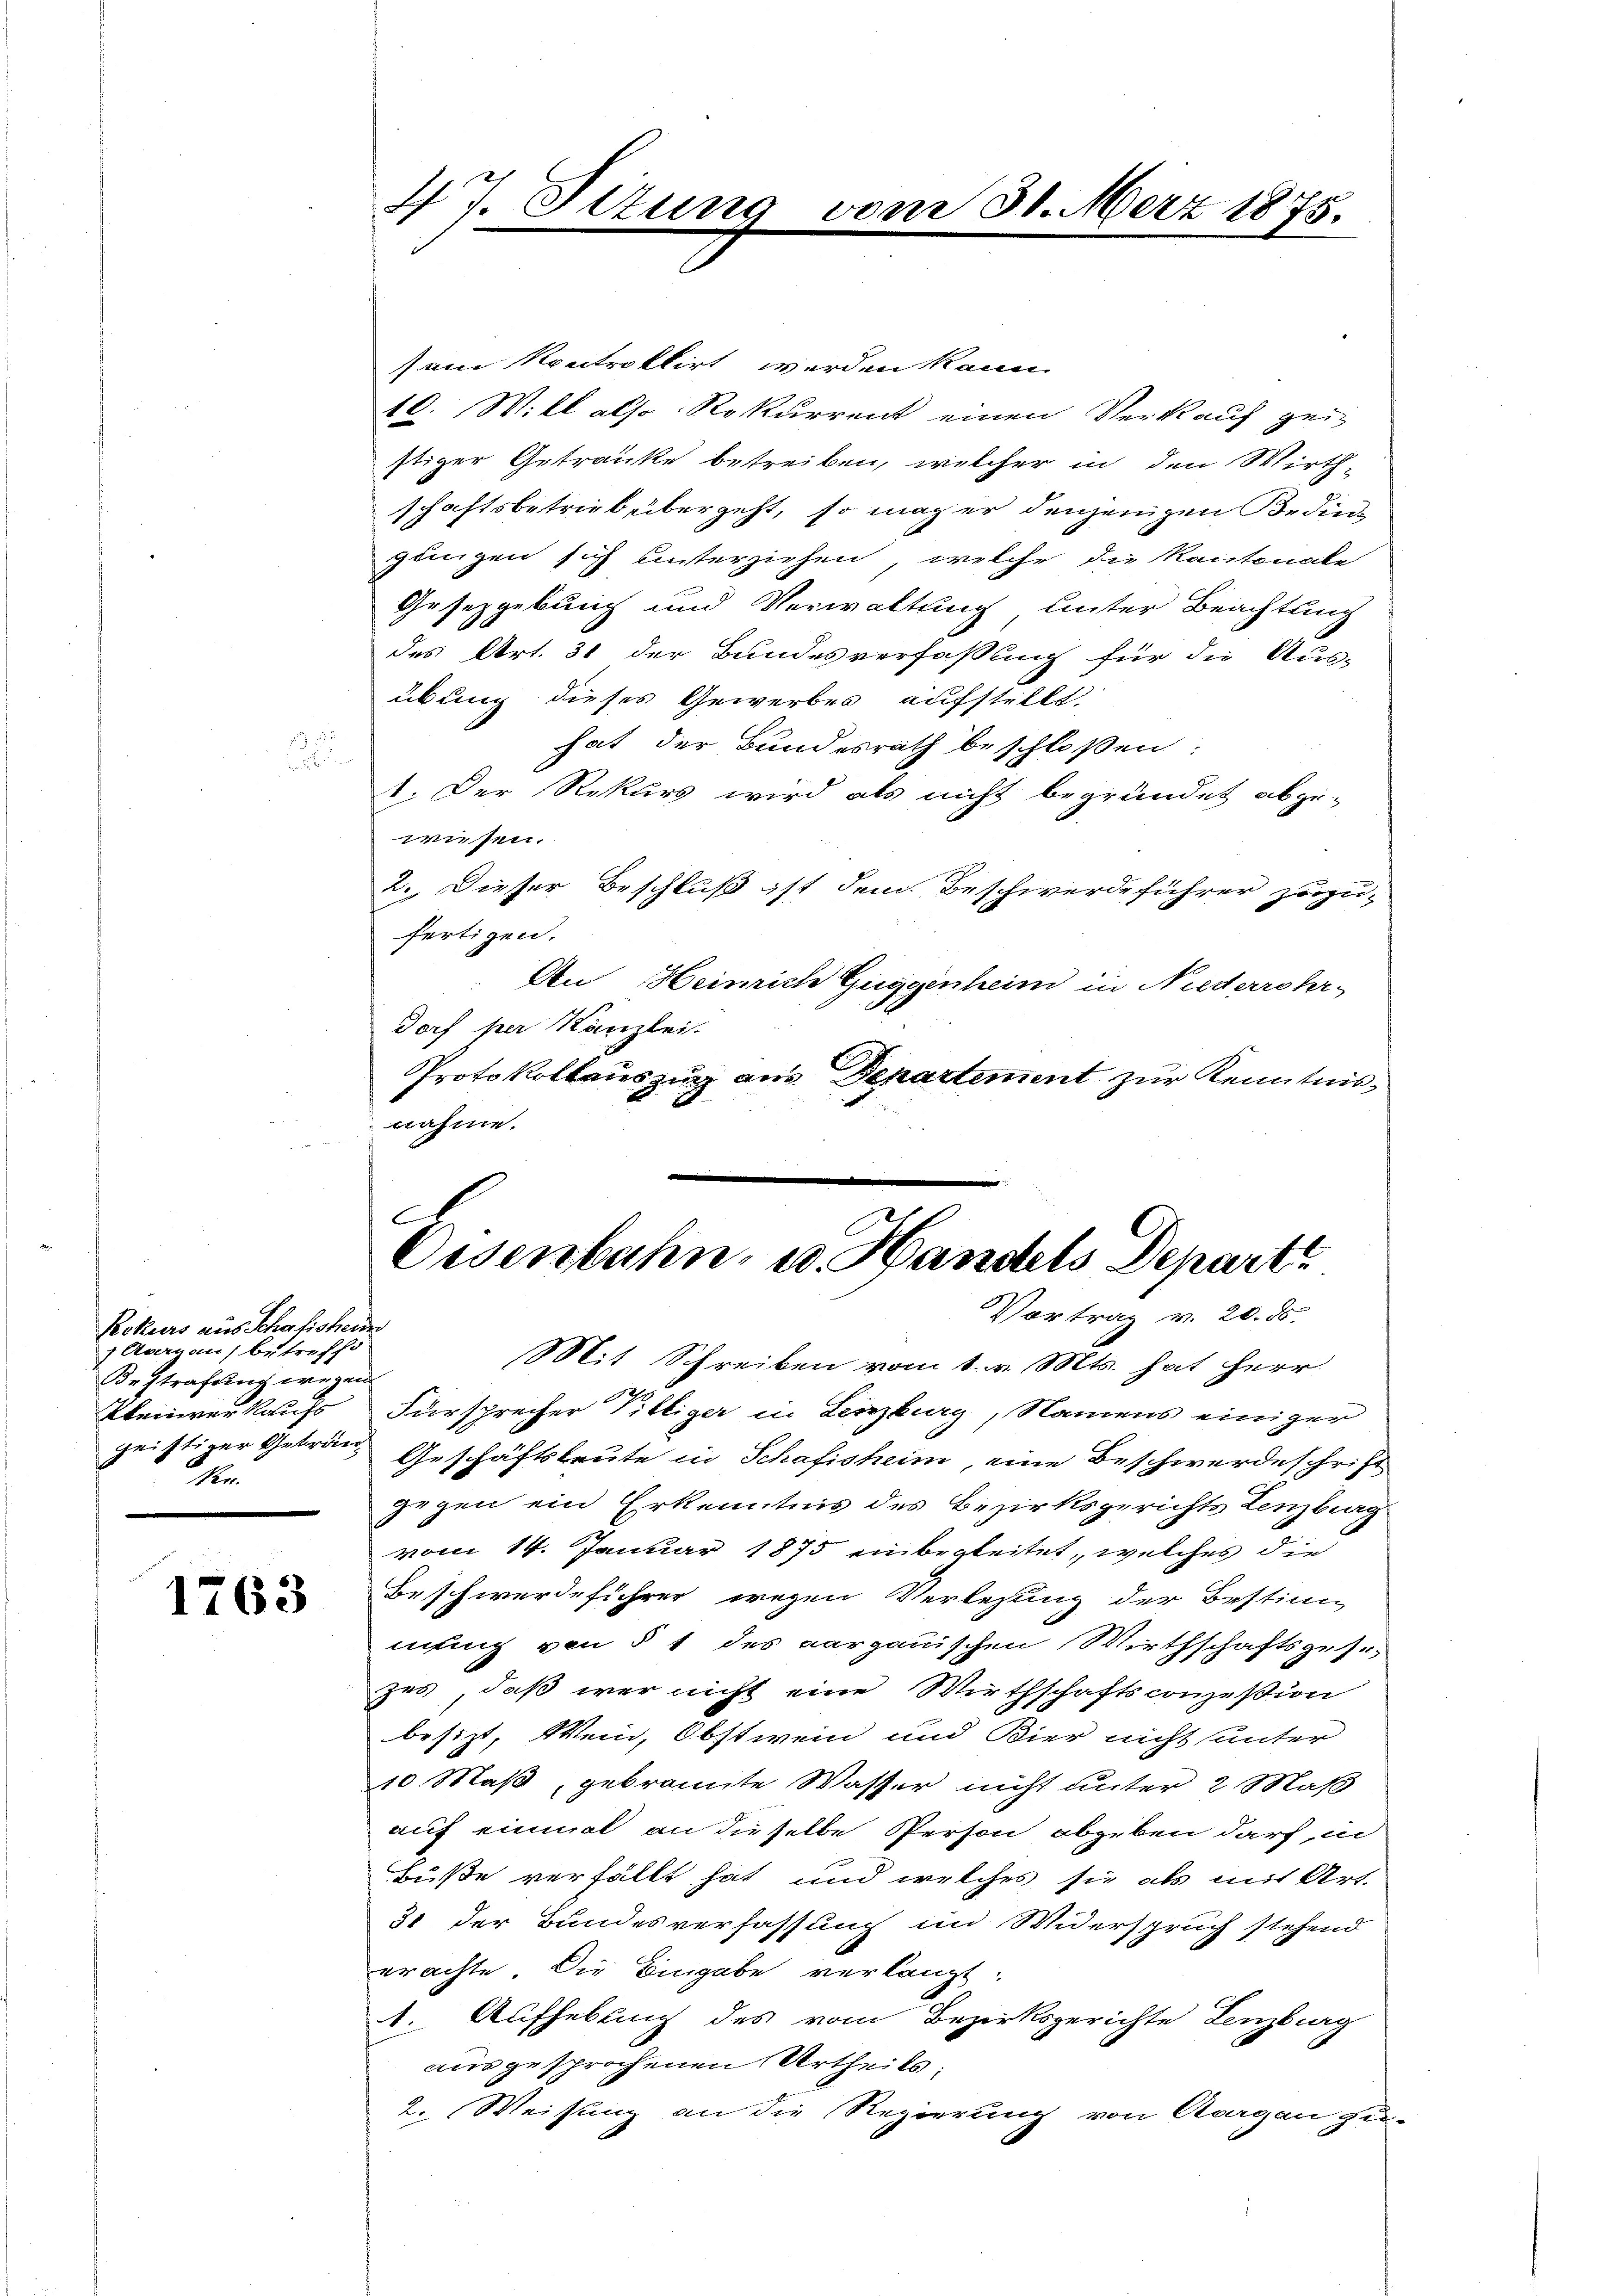
Rekurs aus Schalischeider
7 Aaradin, betreff
Bestrafung wegen
Kleinverkaufs
n

1763

i

47. Situng

m 30. März 1875.

sein kontroktirt werden kann.
10. Will also Rekurrent einen Verkauf geistiger Getränke betreiben, welcher in den Wirthschaftsbetrieb übergeht, so mag er denjenigen Bedingungen sich unterziehen, welche die Kantonale
Gesetzgebung und Verwaltung unter Beachtung
des Art. 31 der Bundesverfassung für die Aus-
übung dieses Gewerbes aufstellt.
hat der Bundesrath beschloßen:
1. Der Rekurs wird als nicht begründet abzu-
wisen.
2. Dieser Beschluß ist dem Beschwerde führer zuzu-
fertigen.
An Heinrich Guggenheim in Niederrohr-
doch per Kanzlei.
Protokollauszug aus Departement zur Kenntnisnahme.

A
Eisenbahn, u. Handels Depart
Vortrag v. 20. ds.

Mit Schreiben vom 1. v. Mts. hat Herr
Fürsprecher Villiger in Lenzburg, Namens einiger
geistiger Gebrau Geschäftsleute in Schafisheim, eine Beschwerdeschrift
gegen ein Erkenntnis des Bezirksgerichts Lenzburg
vom 14. Januar 1875 einbegleitet, welches die
Beschwerdeführer wegen Verlesung der Bestim
mung von § 1 des aargauischen Wirthschaftsgesezes, daß wer nicht eine Wirthschaftsconsession
besizt, Wein, Obstwein und Bier nicht unter
10 Maß, gebrannte Wasser nicht unter 2 Maß
auf einmal an dieselbe Person abgeben darf in
buße verfällt hat und welches sie als mit Art.
31 der Bundesverfassung im Widerspruch stehend
erachte. Die Eingabe verlangt,
1. Aufhebung des vom Bezirksgerichte Lenzburg
ausgesprochenen Urtheils:
2. Weisung an die Regierung von Kragen zu